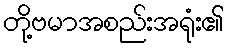
တို့ဗမာအစည်းအရုံး၏